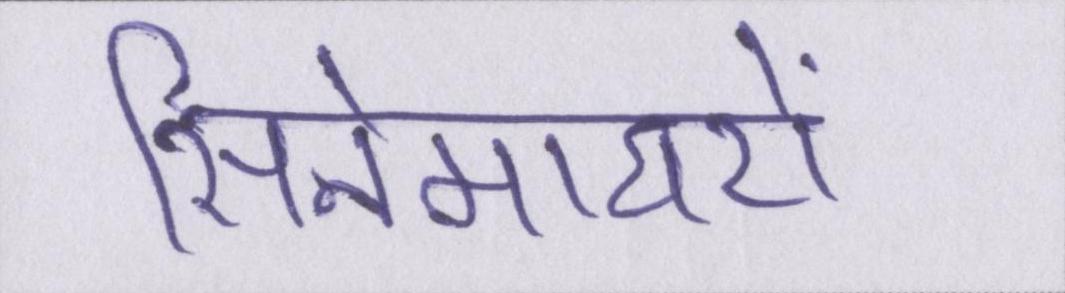
सिनेमाघरों